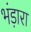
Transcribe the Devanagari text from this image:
भंड़ारा